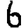
Digit: 6